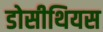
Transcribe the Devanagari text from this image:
डोसीथियस